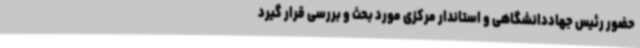
حضور رئیس جهاددانشگاهی و استاندار مرکزی مورد بحث و بررسی قرار گیرد